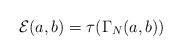
LaTeX: \begin{gather*}{\mathcal E}(a, b)=\tau(\Gamma_N(a, b))\end{gather*}